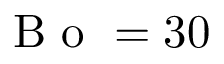
\mathrm { ~ B ~ o ~ } = 3 0